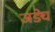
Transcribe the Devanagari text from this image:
जङ्घे